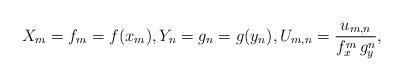
LaTeX: \begin{align*}X_m = f_m = f(x_m),Y_n = g_n = g(y_n),U_{m,n} = \frac{u_{m,n}}{f_x^m\, g_y^n},\end{align*}